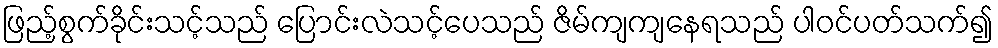
ဖြည့်စွက်ခိုင်းသင့်သည် ပြောင်းလဲသင့်ပေသည် ဇိမ်ကျကျနေရသည် ပါဝင်ပတ်သက်၍